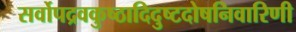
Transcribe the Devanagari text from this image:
सर्वोपद्रवकुष्ठादिदुष्टदोषनिवारिणी